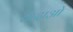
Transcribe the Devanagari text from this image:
तादाओ